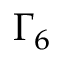
\Gamma _ { 6 }